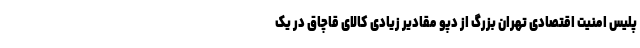
پلیس امنیت اقتصادی تهران بزرگ از دپو مقادیر زیادی کالای قاچاق در یک